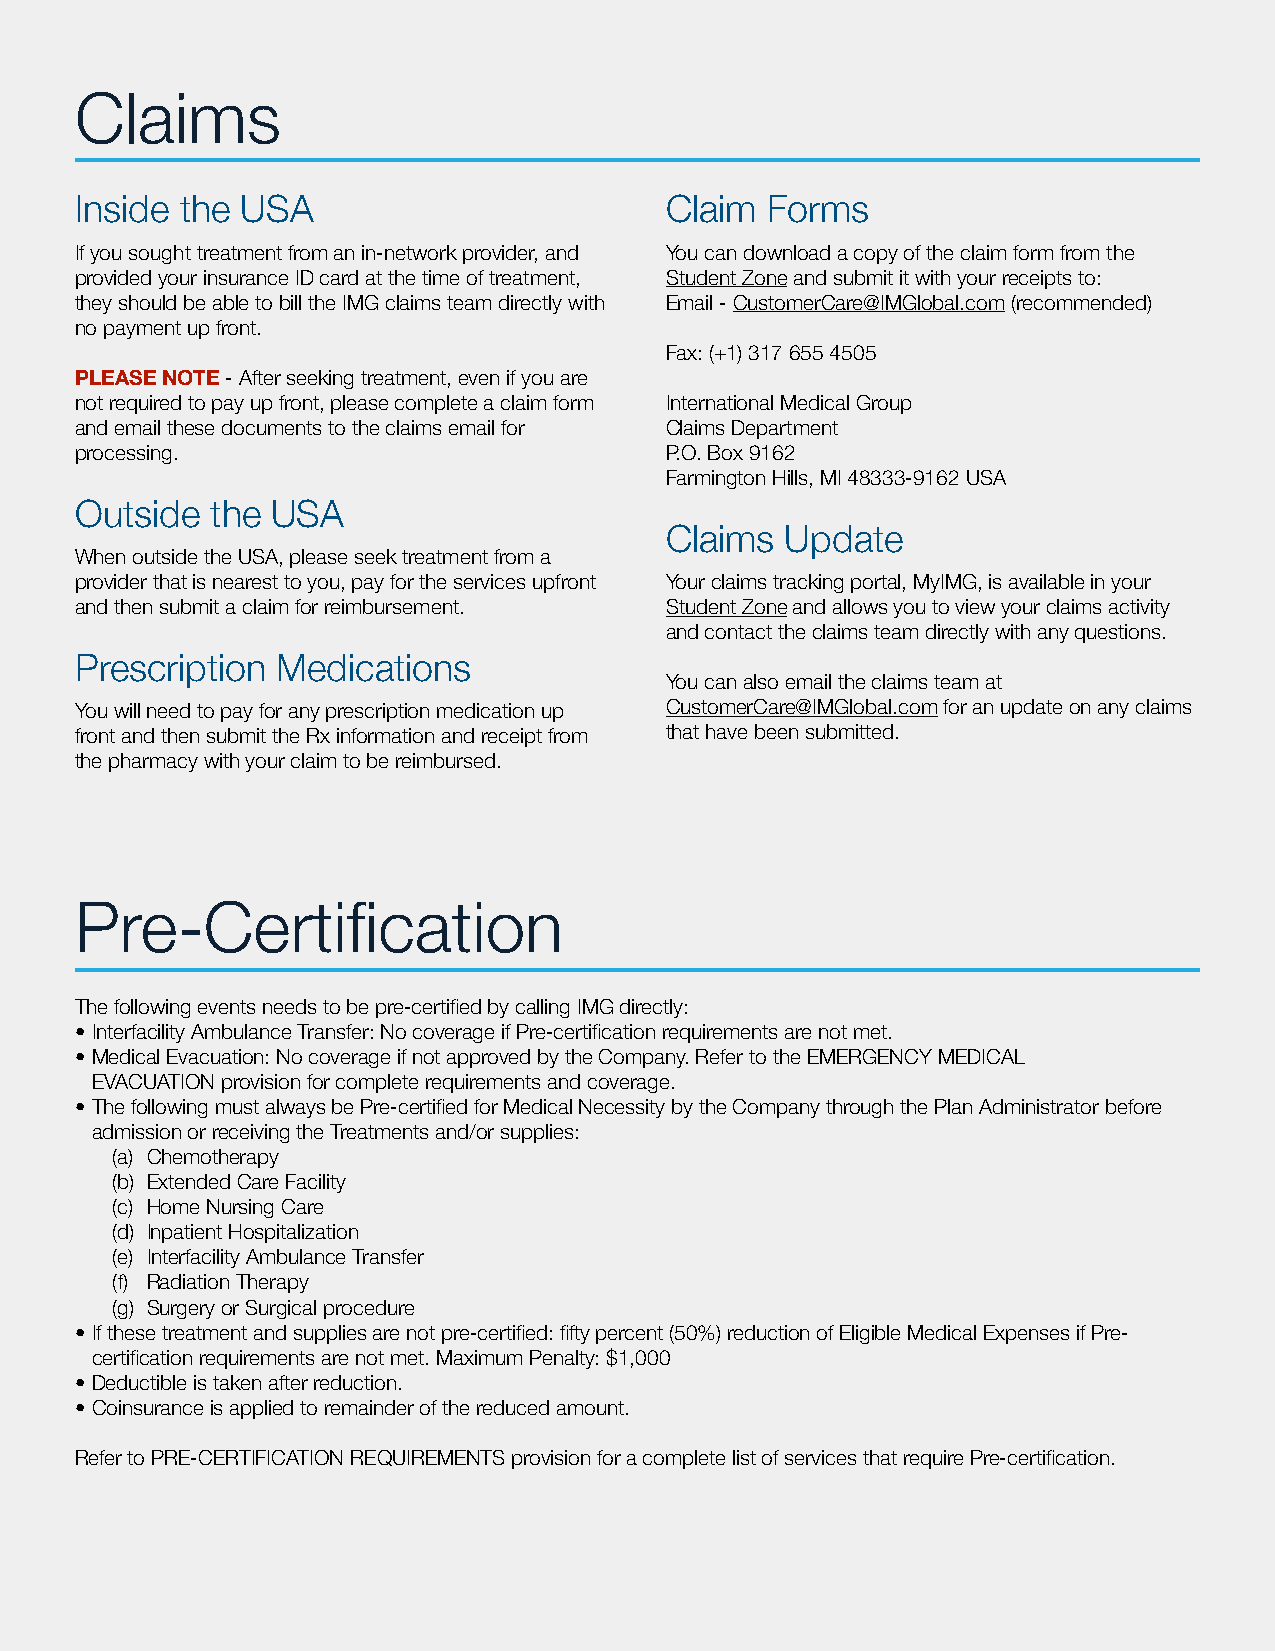
Claims
 Inside the USA                         Claim  Forms
 If you sought treatment from an in-network provider, and You can download a copy of the claim form from the
 provided your insurance ID card at the time of treatment, Student Zone and submit it with your receipts to:
 they should be able to bill the IMG claims team directly with Email - CustomerCare@IMGlobal.com (recommended)
 no payment up front.
 Fax: (+1) 317 655 4505
 PLEASE NOTE - After seeking treatment, even if you are
 not required to pay up front, please complete a claim form International Medical Group
 and email these documents to the claims email for Claims Department
 processing.                            P.O. Box 9162
 Farmington Hills, MI 48333-9162 USA
 Outside  the USA
 Claims  Update
 When outside the USA, please seek treatment from a
 provider that is nearest to you, pay for the services upfront Your claims tracking portal, MyIMG, is available in your
 and then submit a claim for reimbursement. Student Zone and allows you to view your claims activity
 and contact the claims team directly with any questions.
 Prescription Medications
 You can also email the claims team at
 You will need to pay for any prescription medication up CustomerCare@IMGlobal.com for an update on any claims
 front and then submit the Rx information and receipt from that have been submitted.
 the pharmacy with your claim to be reimbursed.
 Pre-Certification
 The following events needs to be pre-certified by calling IMG directly:
 • Interfacility Ambulance Transfer: No coverage if Pre-certification requirements are not met.
 • Medical Evacuation: No coverage if not approved by the Company. Refer to the EMERGENCY MEDICAL
 EVACUATION provision for complete requirements and coverage.
 • The following must always be Pre-certified for Medical Necessity by the Company through the Plan Administrator before
 admission or receiving the Treatments and/or supplies:
 (a) Chemotherapy
 (b) Extended Care Facility
 (c) Home Nursing Care
 (d) Inpatient Hospitalization
 (e) Interfacility Ambulance Transfer
 (f) Radiation Therapy
 (g) Surgery or Surgical procedure
 • If these treatment and supplies are not pre-certified: fifty percent (50%) reduction of Eligible Medical Expenses if Pre-
 certification requirements are not met. Maximum Penalty: $1,000
 • Deductible is taken after reduction.
 • Coinsurance is applied to remainder of the reduced amount.
 Refer to PRE-CERTIFICATION REQUIREMENTS provision for a complete list of services that require Pre-certification.